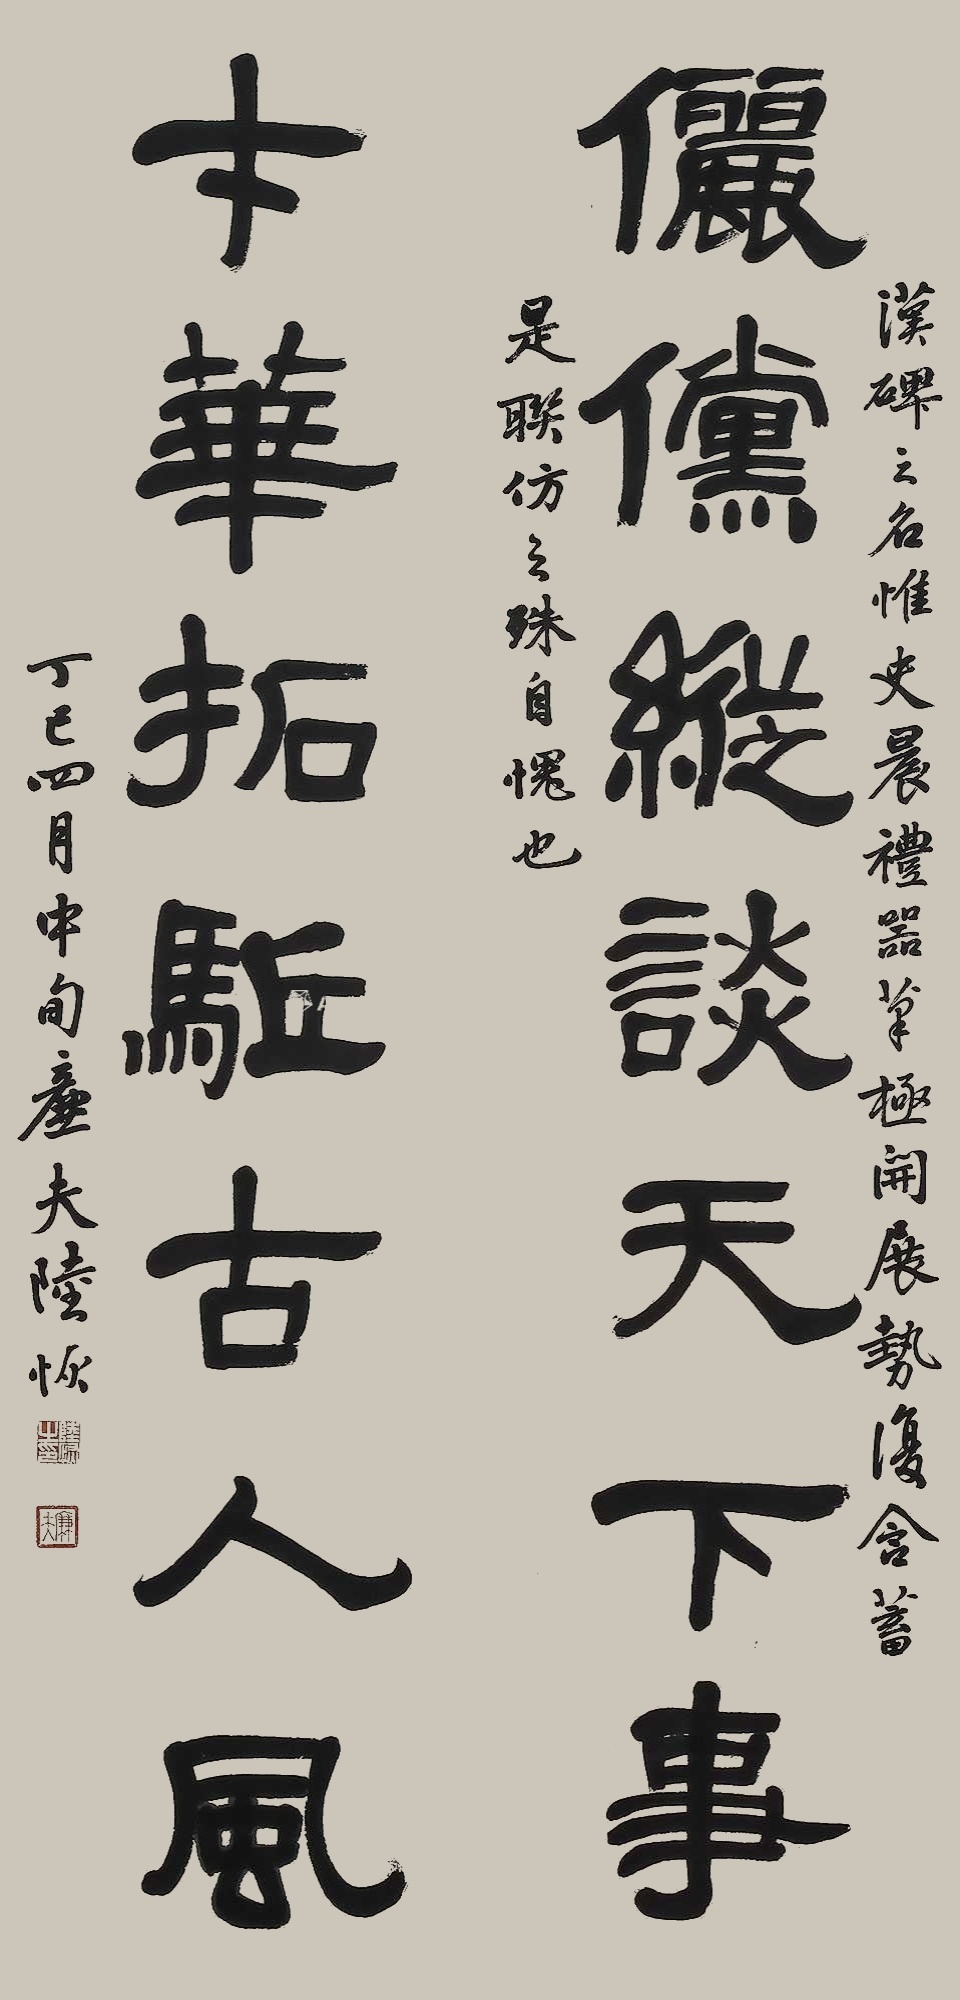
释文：俪傥纵谈天下事，才华拓駈古人风。汉碑之名惟《史晨》、《礼器》，笔极开展，势复含蓄，是联仿之，殊自愧也。丁巳四月中旬，廉夫陆恢。